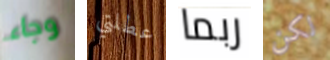
وجاء عطلتي ربما لكن